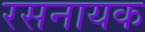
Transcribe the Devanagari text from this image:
रसनायक